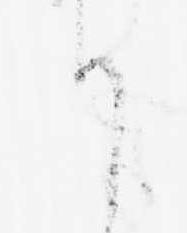
り